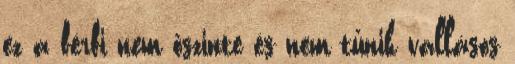
ez a férfi nem őszinte és nem tűnik vallásos